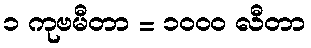
၁ ကုဗမီတာ = ၁၀၀၀ လီတာ